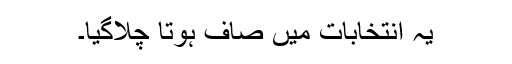
یہ انتخابات میں صاف ہوتا چلاگیا۔